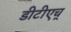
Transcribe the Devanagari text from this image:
डीटीएच्‌